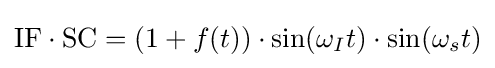
{\mbox{IF}}\cdot {\mbox{SC}}=(1+f(t))\cdot \sin(\omega _{I}t)\cdot \sin(\omega _{s}t)